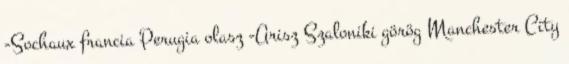
-Sochaux francia Perugia olasz -Arisz Szaloniki görög Manchester City